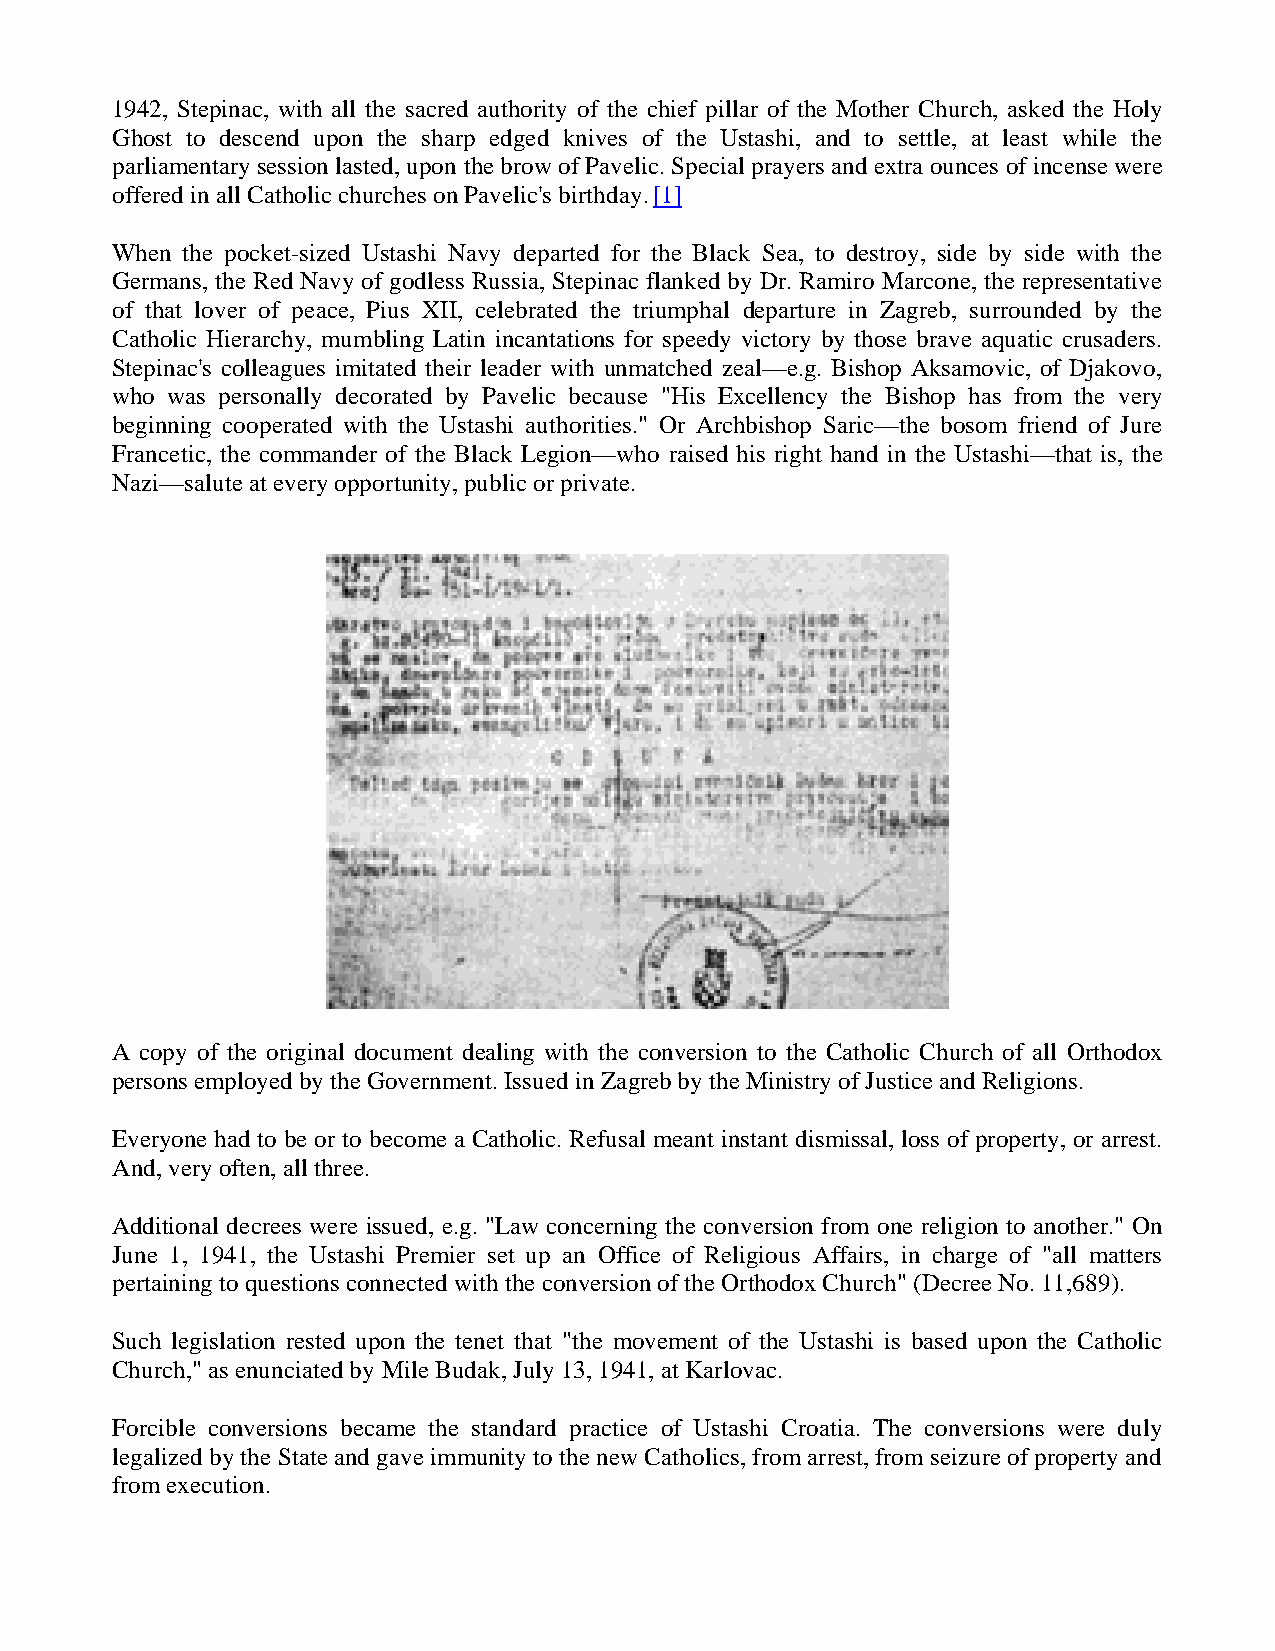
1942, Stepinac, with all the sacred authority of the chief pillar of the Mother Church, asked the Holy
 Ghost to descend upon the sharp edged knives of the Ustashi, and to settle, at least while the
 parliamentary session lasted, upon the brow of Pavelic. Special prayers and extra ounces of incense were
 offered in all Catholic churches on Pavelic's birthday. [1]
 When the pocket-sized Ustashi Navy departed for the Black Sea, to destroy, side by side with the
 Germans, the Red Navy of godless Russia, Stepinac flanked by Dr. Ramiro Marcone, the representative
 of that lover of peace, Pius XII, celebrated the triumphal departure in Zagreb, surrounded by the
 Catholic Hierarchy, mumbling Latin incantations for speedy victory by those brave aquatic crusaders.
 Stepinac's colleagues imitated their leader with unmatched zeal—e.g. Bishop Aksamovic, of Djakovo,
 who was personally decorated by Pavelic because "His Excellency the Bishop has from the very
 beginning cooperated with the Ustashi authorities." Or Archbishop Saric—the bosom friend of Jure
 Francetic, the commander of the Black Legion—who raised his right hand in the Ustashi—that is, the
 Nazi—salute at every opportunity, public or private.
 A copy of the original document dealing with the conversion to the Catholic Church of all Orthodox
 persons employed by the Government. Issued in Zagreb by the Ministry of Justice and Religions.
 Everyone had to be or to become a Catholic. Refusal meant instant dismissal, loss of property, or arrest.
 And, very often, all three.
 Additional decrees were issued, e.g. "Law concerning the conversion from one religion to another." On
 June 1, 1941, the Ustashi Premier set up an Office of Religious Affairs, in charge of "all matters
 pertaining to questions connected with the conversion of the Orthodox Church" (Decree No. 11,689).
 Such legislation rested upon the tenet that "the movement of the Ustashi is based upon the Catholic
 Church," as enunciated by Mile Budak, July 13, 1941, at Karlovac.
 Forcible conversions became the standard practice of Ustashi Croatia. The conversions were duly
 legalized by the State and gave immunity to the new Catholics, from arrest, from seizure of property and
 from execution.